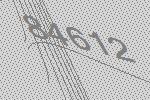
84612